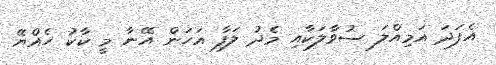
އެފަދަ އަމިއްލަ ސުވާލަކާއި މެދު ލަފާ އަހަން އޭނާ މީ ކާކު ހެއްޔޭ